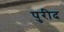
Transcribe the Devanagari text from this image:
पुरीद